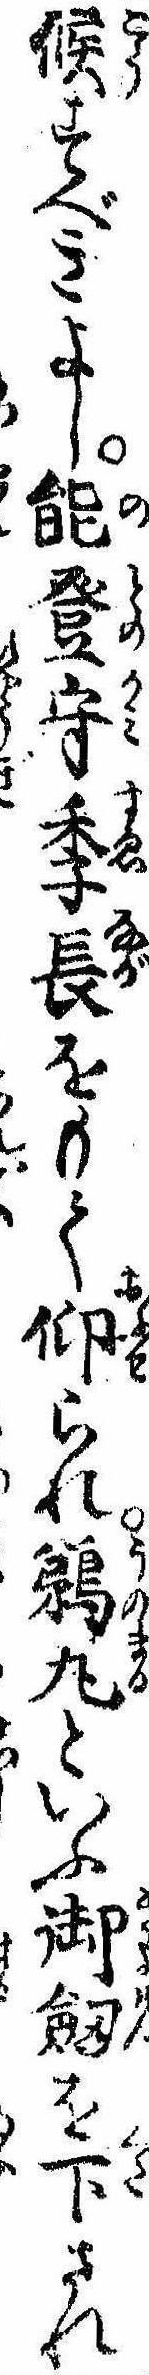
候すべきよし能登守季長をもて仰られ鵜丸といふ御剣を下され